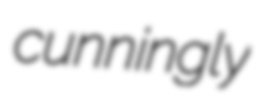
cunningly